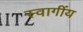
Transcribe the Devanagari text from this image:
स्वागींय